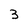
Character: 3